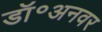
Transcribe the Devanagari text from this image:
डॉ॰अनवर